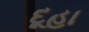
દૂહા